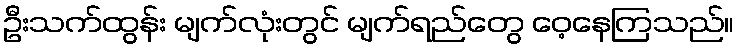
ဦးသက်ထွန်း မျက်လုံးတွင် မျက်ရည်တွေ ဝေ့နေကြသည်။